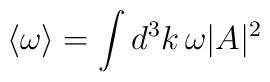
\langle \omega \rangle =\int d^3k \, \omega |A|^2